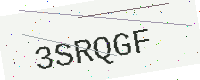
Text: 3SRQGF